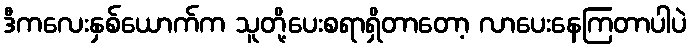
ဒီကလေးနှစ်ယောက်က သူတို့ပေးစရာရှိတာတော့ လာပေးနေကြတာပါပဲ